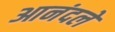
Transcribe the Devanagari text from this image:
आनंदले